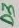
Text: D3